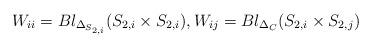
LaTeX: \begin{align*}W_{ii} = Bl_{\Delta _{S_{2,i}}} (S_{2,i}\times S_{2,i}), W_{ij} = Bl_{\Delta _C} (S_{2,i}\times S_{2,j})\end{align*}